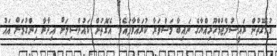
ގުޅޭގޮތުން ރައީސުލްޖުމްހޫރިއްޔާގެ ނައިބާ މަޝްވަރާ ކުރައްވާފައެވެ. އެގޮތުން ކައުންސިލަށް އިދާރާ ހިންގުމަށް އައު